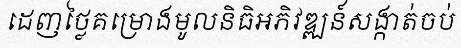
ដេញថ្លៃគម្រោងមូលនិធិអភិវឌ្ឍន៍សង្កាត់ចប់